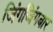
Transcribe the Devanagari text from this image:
जिंगजिंगबार